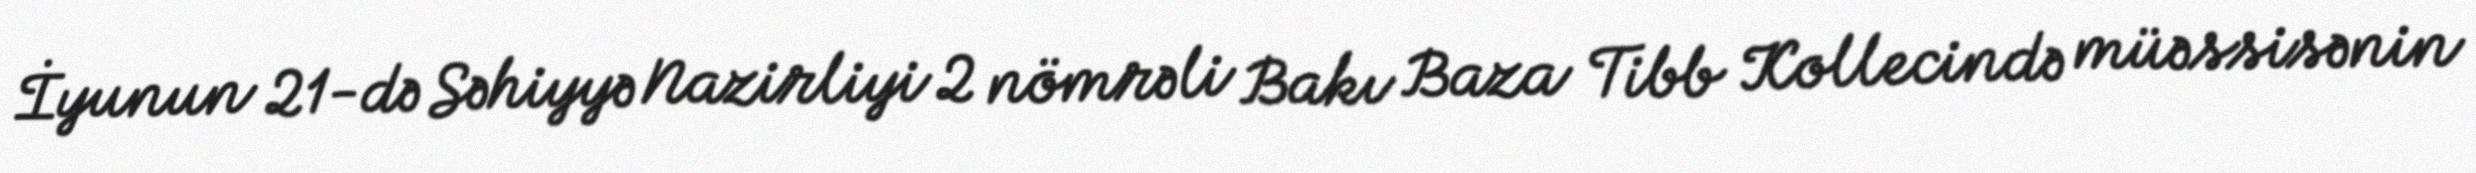
İyunun 21-də Səhiyyə Nazirliyi 2 nömrəli Bakı Baza Tibb Kollecində müəssisənin